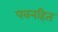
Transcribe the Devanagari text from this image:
पवनहित